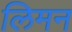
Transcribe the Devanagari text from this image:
लिमन